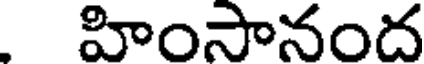
హింసానంద